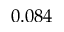
0 . 0 8 4